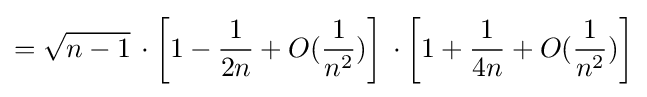
={\sqrt {n-1}}\,\cdot \left[1-{\frac {1}{2n}}+O({\frac {1}{n^{2}}})\right]\,\cdot \left[1+{\frac {1}{4n}}+O({\frac {1}{n^{2}}})\right]